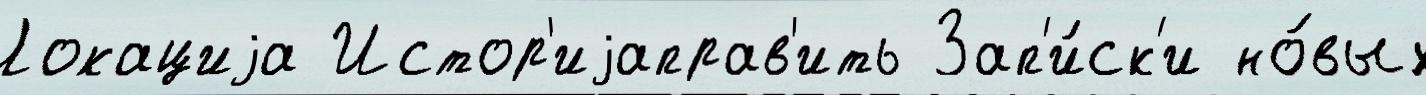
Локациjа Истор'иjаправ'ить Зап'и́ск'и но́вых